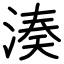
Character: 湊